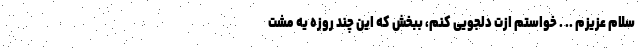
سلام عزیزم .. . خواستم ازت دلجویی کنم، ببخش که این چند روزه یه مشت